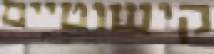
קישוטיים